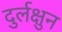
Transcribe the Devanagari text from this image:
दुर्लक्षुन